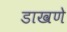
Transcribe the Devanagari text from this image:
डाखणे